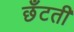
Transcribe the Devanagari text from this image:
छँटती